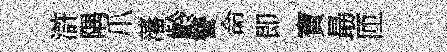
滸隅爪藩齡讐命即寶朂匝